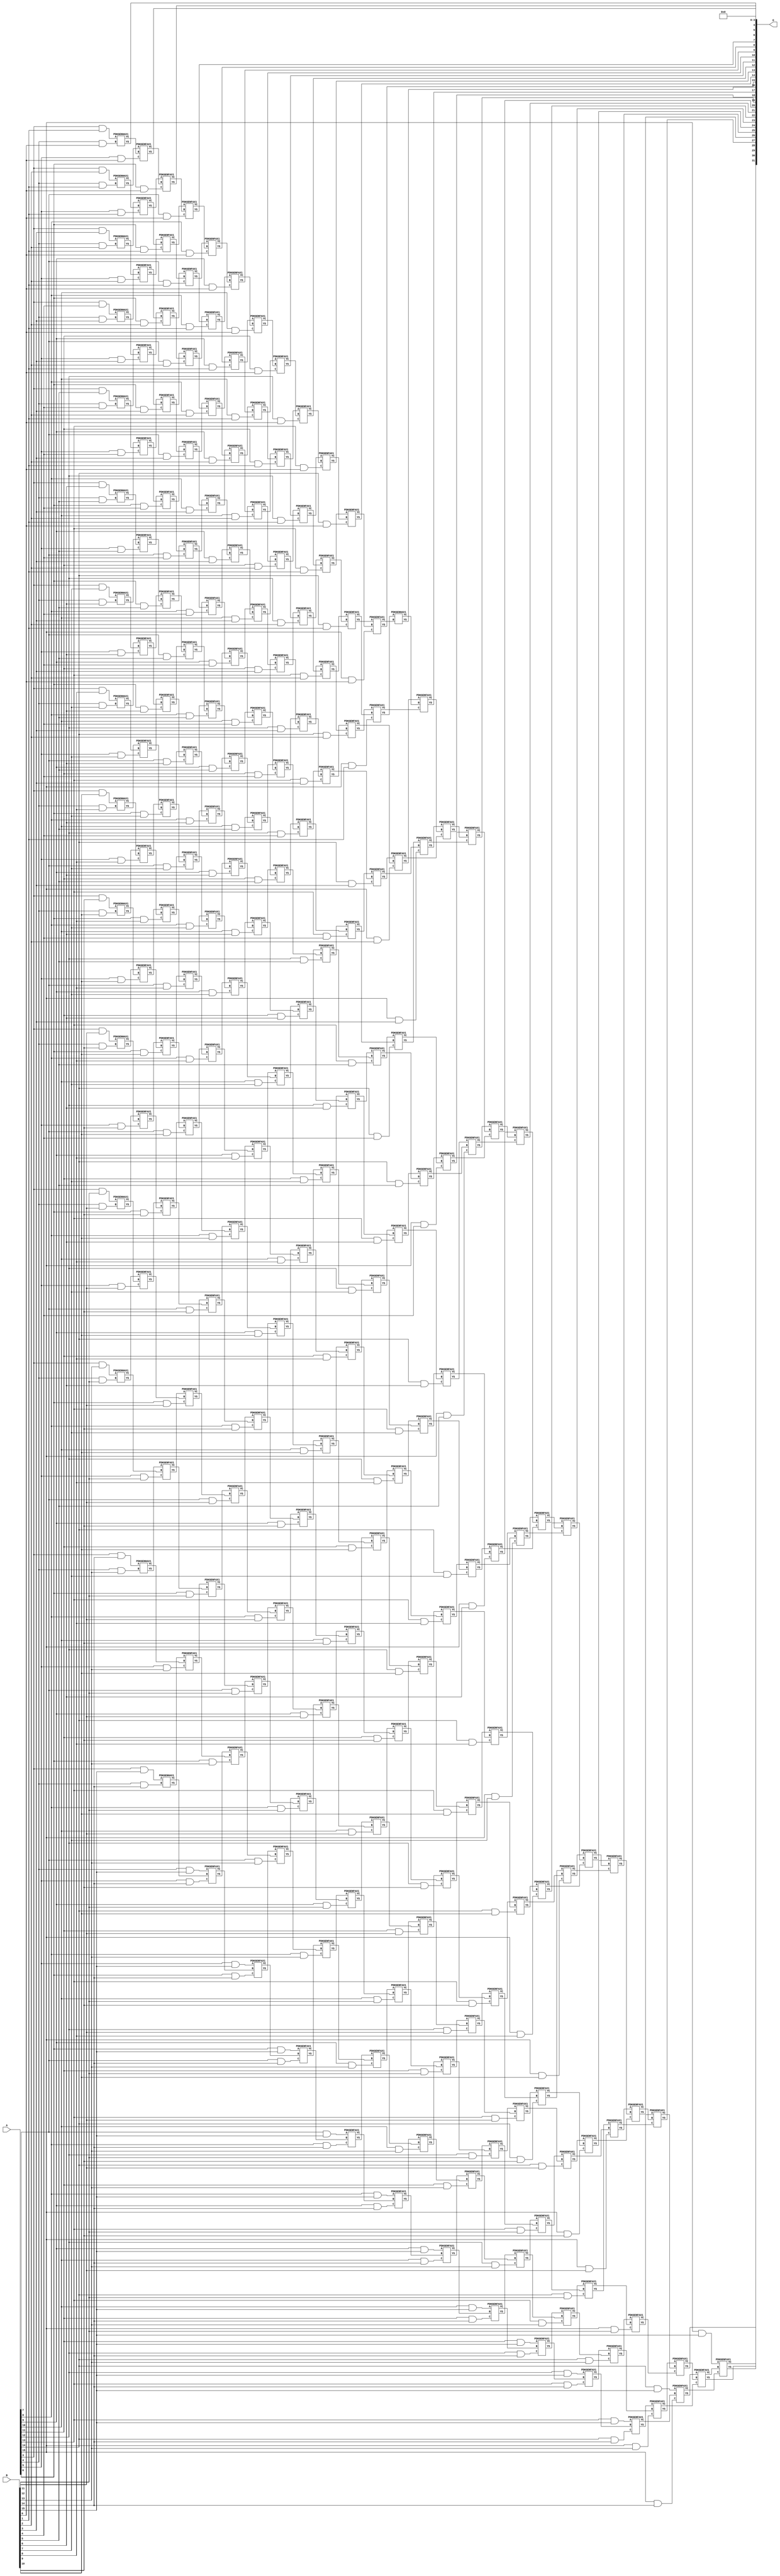
/***
* This code is a part of EvoApproxLib library (ehw.fit.vutbr.cz/approxlib) distributed under The MIT License.
* When used, please cite the following article(s): V. Mrazek, Z. Vasicek, L. Sekanina, H. Jiang and J. Han, "Scalable Construction of Approximate Multipliers With Formally Guaranteed Worst Case Error" in IEEE Transactions on Very Large Scale Integration (VLSI) Systems, vol. 26, no. 11, pp. 2572-2576, Nov. 2018. doi: 10.1109/TVLSI.2018.2856362 
* This file contains a circuit from a sub-set of pareto optimal circuits with respect to the pwr and ep parameters
***/
// MAE% = 0.0027 %
// MAE = 114688 
// WCE% = 0.011 %
// WCE = 458753 
// WCRE% = 100.00 %
// EP% = 90.62 %
// MRE% = 0.058 %
// MSE = 25053.861e6 
// PDK45_PWR = 1.859 mW
// PDK45_AREA = 2332.4 um2
// PDK45_DELAY = 2.84 ns


module mul16u_GZ7 ( A, B, O );
  input [15:0] A;
  input [15:0] B;
  output [31:0] O;

  wire C_10_0,C_10_1,C_10_10,C_10_11,C_10_12,C_10_13,C_10_14,C_10_2,C_10_3,C_10_4,C_10_5,C_10_6,C_10_7,C_10_8,C_10_9,C_11_0,C_11_1,C_11_10,C_11_11,C_11_12,C_11_13,C_11_14,C_11_2,C_11_3,C_11_4,C_11_5,C_11_6,C_11_7,C_11_8,C_11_9,C_12_0,C_12_1,C_12_10,C_12_11,C_12_12,C_12_13,C_12_14,C_12_2,C_12_3,C_12_4,C_12_5,C_12_6,C_12_7,C_12_8,C_12_9,C_13_0,C_13_1,C_13_10,C_13_11,C_13_12,C_13_13,C_13_14,C_13_2,C_13_3,C_13_4,C_13_5,C_13_6,C_13_7,C_13_8,C_13_9,C_14_0,C_14_1,C_14_10,C_14_11,C_14_12,C_14_13,C_14_14,C_14_2,C_14_3,C_14_4,C_14_5,C_14_6,C_14_7,C_14_8,C_14_9,C_15_0,C_15_1,C_15_10,C_15_11,C_15_12,C_15_13,C_15_14,C_15_2,C_15_3,C_15_4,C_15_5,C_15_6,C_15_7,C_15_8,C_15_9,C_16_0,C_16_1,C_16_10,C_16_11,C_16_12,C_16_13,C_16_14,C_16_2,C_16_3,C_16_4,C_16_5,C_16_6,C_16_7,C_16_8,C_16_9,C_4_0,C_4_1,C_4_10,C_4_11,C_4_12,C_4_13,C_4_14,C_4_2,C_4_3,C_4_4,C_4_5,C_4_6,C_4_7,C_4_8,C_4_9,C_5_0,C_5_1,C_5_10,C_5_11,C_5_12,C_5_13,C_5_14,C_5_2,C_5_3,C_5_4,C_5_5,C_5_6,C_5_7,C_5_8,C_5_9,C_6_0,C_6_1,C_6_10,C_6_11,C_6_12,C_6_13,C_6_14,C_6_2,C_6_3,C_6_4,C_6_5,C_6_6,C_6_7,C_6_8,C_6_9,C_7_0,C_7_1,C_7_10,C_7_11,C_7_12,C_7_13,C_7_14,C_7_2,C_7_3,C_7_4,C_7_5,C_7_6,C_7_7,C_7_8,C_7_9,C_8_0,C_8_1,C_8_10,C_8_11,C_8_12,C_8_13,C_8_14,C_8_2,C_8_3,C_8_4,C_8_5,C_8_6,C_8_7,C_8_8,C_8_9,C_9_0,C_9_1,C_9_10,C_9_11,C_9_12,C_9_13,C_9_14,C_9_2,C_9_3,C_9_4,C_9_5,C_9_6,C_9_7,C_9_8,C_9_9,S_10_0,S_10_1,S_10_10,S_10_11,S_10_12,S_10_13,S_10_14,S_10_15,S_10_2,S_10_3,S_10_4,S_10_5,S_10_6,S_10_7,S_10_8,S_10_9,S_11_0,S_11_1,S_11_10,S_11_11,S_11_12,S_11_13,S_11_14,S_11_15,S_11_2,S_11_3,S_11_4,S_11_5,S_11_6,S_11_7,S_11_8,S_11_9,S_12_0,S_12_1,S_12_10,S_12_11,S_12_12,S_12_13,S_12_14,S_12_15,S_12_2,S_12_3,S_12_4,S_12_5,S_12_6,S_12_7,S_12_8,S_12_9,S_13_0,S_13_1,S_13_10,S_13_11,S_13_12,S_13_13,S_13_14,S_13_15,S_13_2,S_13_3,S_13_4,S_13_5,S_13_6,S_13_7,S_13_8,S_13_9,S_14_0,S_14_1,S_14_10,S_14_11,S_14_12,S_14_13,S_14_14,S_14_15,S_14_2,S_14_3,S_14_4,S_14_5,S_14_6,S_14_7,S_14_8,S_14_9,S_15_0,S_15_1,S_15_10,S_15_11,S_15_12,S_15_13,S_15_14,S_15_15,S_15_2,S_15_3,S_15_4,S_15_5,S_15_6,S_15_7,S_15_8,S_15_9,S_16_0,S_16_1,S_16_10,S_16_11,S_16_12,S_16_13,S_16_14,S_16_15,S_16_2,S_16_3,S_16_4,S_16_5,S_16_6,S_16_7,S_16_8,S_16_9,S_3_1,S_3_10,S_3_11,S_3_12,S_3_13,S_3_14,S_3_15,S_3_2,S_3_3,S_3_4,S_3_5,S_3_6,S_3_7,S_3_8,S_3_9,S_4_0,S_4_1,S_4_10,S_4_11,S_4_12,S_4_13,S_4_14,S_4_15,S_4_2,S_4_3,S_4_4,S_4_5,S_4_6,S_4_7,S_4_8,S_4_9,S_5_0,S_5_1,S_5_10,S_5_11,S_5_12,S_5_13,S_5_14,S_5_15,S_5_2,S_5_3,S_5_4,S_5_5,S_5_6,S_5_7,S_5_8,S_5_9,S_6_0,S_6_1,S_6_10,S_6_11,S_6_12,S_6_13,S_6_14,S_6_15,S_6_2,S_6_3,S_6_4,S_6_5,S_6_6,S_6_7,S_6_8,S_6_9,S_7_0,S_7_1,S_7_10,S_7_11,S_7_12,S_7_13,S_7_14,S_7_15,S_7_2,S_7_3,S_7_4,S_7_5,S_7_6,S_7_7,S_7_8,S_7_9,S_8_0,S_8_1,S_8_10,S_8_11,S_8_12,S_8_13,S_8_14,S_8_15,S_8_2,S_8_3,S_8_4,S_8_5,S_8_6,S_8_7,S_8_8,S_8_9,S_9_0,S_9_1,S_9_10,S_9_11,S_9_12,S_9_13,S_9_14,S_9_15,S_9_2,S_9_3,S_9_4,S_9_5,S_9_6,S_9_7,S_9_8,S_9_9;

  assign S_3_1 = (A[3] & B[1]);
  assign S_3_2 = (A[3] & B[2]);
  assign S_3_3 = (A[3] & B[3]);
  assign S_3_4 = (A[3] & B[4]);
  assign S_3_5 = (A[3] & B[5]);
  assign S_3_6 = (A[3] & B[6]);
  assign S_3_7 = (A[3] & B[7]);
  assign S_3_8 = (A[3] & B[8]);
  assign S_3_9 = (A[3] & B[9]);
  assign S_3_10 = (A[3] & B[10]);
  assign S_3_11 = (A[3] & B[11]);
  assign S_3_12 = (A[3] & B[12]);
  assign S_3_13 = (A[3] & B[13]);
  assign S_3_14 = (A[3] & B[14]);
  assign S_3_15 = (A[3] & B[15]);
  PDKGENHAX1 U121809 (.A(S_3_1), .B((A[4] & B[0])), .YS(S_4_0), .YC(C_4_0));
  PDKGENHAX1 U121810 (.A(S_3_2), .B((A[4] & B[1])), .YS(S_4_1), .YC(C_4_1));
  PDKGENHAX1 U121811 (.A(S_3_3), .B((A[4] & B[2])), .YS(S_4_2), .YC(C_4_2));
  PDKGENHAX1 U121812 (.A(S_3_4), .B((A[4] & B[3])), .YS(S_4_3), .YC(C_4_3));
  PDKGENHAX1 U121813 (.A(S_3_5), .B((A[4] & B[4])), .YS(S_4_4), .YC(C_4_4));
  PDKGENHAX1 U121814 (.A(S_3_6), .B((A[4] & B[5])), .YS(S_4_5), .YC(C_4_5));
  PDKGENHAX1 U121815 (.A(S_3_7), .B((A[4] & B[6])), .YS(S_4_6), .YC(C_4_6));
  PDKGENHAX1 U121816 (.A(S_3_8), .B((A[4] & B[7])), .YS(S_4_7), .YC(C_4_7));
  PDKGENHAX1 U121817 (.A(S_3_9), .B((A[4] & B[8])), .YS(S_4_8), .YC(C_4_8));
  PDKGENHAX1 U121818 (.A(S_3_10), .B((A[4] & B[9])), .YS(S_4_9), .YC(C_4_9));
  PDKGENHAX1 U121819 (.A(S_3_11), .B((A[4] & B[10])), .YS(S_4_10), .YC(C_4_10));
  PDKGENHAX1 U121820 (.A(S_3_12), .B((A[4] & B[11])), .YS(S_4_11), .YC(C_4_11));
  PDKGENHAX1 U121821 (.A(S_3_13), .B((A[4] & B[12])), .YS(S_4_12), .YC(C_4_12));
  PDKGENHAX1 U121822 (.A(S_3_14), .B((A[4] & B[13])), .YS(S_4_13), .YC(C_4_13));
  PDKGENHAX1 U121823 (.A(S_3_15), .B((A[4] & B[14])), .YS(S_4_14), .YC(C_4_14));
  assign S_4_15 = (A[4] & B[15]);
  PDKGENFAX1 U121825 (.A(S_4_1), .B(C_4_0), .C((A[5] & B[0])), .YS(S_5_0), .YC(C_5_0));
  PDKGENFAX1 U121826 (.A(S_4_2), .B(C_4_1), .C((A[5] & B[1])), .YS(S_5_1), .YC(C_5_1));
  PDKGENFAX1 U121827 (.A(S_4_3), .B(C_4_2), .C((A[5] & B[2])), .YS(S_5_2), .YC(C_5_2));
  PDKGENFAX1 U121828 (.A(S_4_4), .B(C_4_3), .C((A[5] & B[3])), .YS(S_5_3), .YC(C_5_3));
  PDKGENFAX1 U121829 (.A(S_4_5), .B(C_4_4), .C((A[5] & B[4])), .YS(S_5_4), .YC(C_5_4));
  PDKGENFAX1 U121830 (.A(S_4_6), .B(C_4_5), .C((A[5] & B[5])), .YS(S_5_5), .YC(C_5_5));
  PDKGENFAX1 U121831 (.A(S_4_7), .B(C_4_6), .C((A[5] & B[6])), .YS(S_5_6), .YC(C_5_6));
  PDKGENFAX1 U121832 (.A(S_4_8), .B(C_4_7), .C((A[5] & B[7])), .YS(S_5_7), .YC(C_5_7));
  PDKGENFAX1 U121833 (.A(S_4_9), .B(C_4_8), .C((A[5] & B[8])), .YS(S_5_8), .YC(C_5_8));
  PDKGENFAX1 U121834 (.A(S_4_10), .B(C_4_9), .C((A[5] & B[9])), .YS(S_5_9), .YC(C_5_9));
  PDKGENFAX1 U121835 (.A(S_4_11), .B(C_4_10), .C((A[5] & B[10])), .YS(S_5_10), .YC(C_5_10));
  PDKGENFAX1 U121836 (.A(S_4_12), .B(C_4_11), .C((A[5] & B[11])), .YS(S_5_11), .YC(C_5_11));
  PDKGENFAX1 U121837 (.A(S_4_13), .B(C_4_12), .C((A[5] & B[12])), .YS(S_5_12), .YC(C_5_12));
  PDKGENFAX1 U121838 (.A(S_4_14), .B(C_4_13), .C((A[5] & B[13])), .YS(S_5_13), .YC(C_5_13));
  PDKGENFAX1 U121839 (.A(S_4_15), .B(C_4_14), .C((A[5] & B[14])), .YS(S_5_14), .YC(C_5_14));
  assign S_5_15 = (A[5] & B[15]);
  PDKGENFAX1 U121841 (.A(S_5_1), .B(C_5_0), .C((A[6] & B[0])), .YS(S_6_0), .YC(C_6_0));
  PDKGENFAX1 U121842 (.A(S_5_2), .B(C_5_1), .C((A[6] & B[1])), .YS(S_6_1), .YC(C_6_1));
  PDKGENFAX1 U121843 (.A(S_5_3), .B(C_5_2), .C((A[6] & B[2])), .YS(S_6_2), .YC(C_6_2));
  PDKGENFAX1 U121844 (.A(S_5_4), .B(C_5_3), .C((A[6] & B[3])), .YS(S_6_3), .YC(C_6_3));
  PDKGENFAX1 U121845 (.A(S_5_5), .B(C_5_4), .C((A[6] & B[4])), .YS(S_6_4), .YC(C_6_4));
  PDKGENFAX1 U121846 (.A(S_5_6), .B(C_5_5), .C((A[6] & B[5])), .YS(S_6_5), .YC(C_6_5));
  PDKGENFAX1 U121847 (.A(S_5_7), .B(C_5_6), .C((A[6] & B[6])), .YS(S_6_6), .YC(C_6_6));
  PDKGENFAX1 U121848 (.A(S_5_8), .B(C_5_7), .C((A[6] & B[7])), .YS(S_6_7), .YC(C_6_7));
  PDKGENFAX1 U121849 (.A(S_5_9), .B(C_5_8), .C((A[6] & B[8])), .YS(S_6_8), .YC(C_6_8));
  PDKGENFAX1 U121850 (.A(S_5_10), .B(C_5_9), .C((A[6] & B[9])), .YS(S_6_9), .YC(C_6_9));
  PDKGENFAX1 U121851 (.A(S_5_11), .B(C_5_10), .C((A[6] & B[10])), .YS(S_6_10), .YC(C_6_10));
  PDKGENFAX1 U121852 (.A(S_5_12), .B(C_5_11), .C((A[6] & B[11])), .YS(S_6_11), .YC(C_6_11));
  PDKGENFAX1 U121853 (.A(S_5_13), .B(C_5_12), .C((A[6] & B[12])), .YS(S_6_12), .YC(C_6_12));
  PDKGENFAX1 U121854 (.A(S_5_14), .B(C_5_13), .C((A[6] & B[13])), .YS(S_6_13), .YC(C_6_13));
  PDKGENFAX1 U121855 (.A(S_5_15), .B(C_5_14), .C((A[6] & B[14])), .YS(S_6_14), .YC(C_6_14));
  assign S_6_15 = (A[6] & B[15]);
  PDKGENFAX1 U121857 (.A(S_6_1), .B(C_6_0), .C((A[7] & B[0])), .YS(S_7_0), .YC(C_7_0));
  PDKGENFAX1 U121858 (.A(S_6_2), .B(C_6_1), .C((A[7] & B[1])), .YS(S_7_1), .YC(C_7_1));
  PDKGENFAX1 U121859 (.A(S_6_3), .B(C_6_2), .C((A[7] & B[2])), .YS(S_7_2), .YC(C_7_2));
  PDKGENFAX1 U121860 (.A(S_6_4), .B(C_6_3), .C((A[7] & B[3])), .YS(S_7_3), .YC(C_7_3));
  PDKGENFAX1 U121861 (.A(S_6_5), .B(C_6_4), .C((A[7] & B[4])), .YS(S_7_4), .YC(C_7_4));
  PDKGENFAX1 U121862 (.A(S_6_6), .B(C_6_5), .C((A[7] & B[5])), .YS(S_7_5), .YC(C_7_5));
  PDKGENFAX1 U121863 (.A(S_6_7), .B(C_6_6), .C((A[7] & B[6])), .YS(S_7_6), .YC(C_7_6));
  PDKGENFAX1 U121864 (.A(S_6_8), .B(C_6_7), .C((A[7] & B[7])), .YS(S_7_7), .YC(C_7_7));
  PDKGENFAX1 U121865 (.A(S_6_9), .B(C_6_8), .C((A[7] & B[8])), .YS(S_7_8), .YC(C_7_8));
  PDKGENFAX1 U121866 (.A(S_6_10), .B(C_6_9), .C((A[7] & B[9])), .YS(S_7_9), .YC(C_7_9));
  PDKGENFAX1 U121867 (.A(S_6_11), .B(C_6_10), .C((A[7] & B[10])), .YS(S_7_10), .YC(C_7_10));
  PDKGENFAX1 U121868 (.A(S_6_12), .B(C_6_11), .C((A[7] & B[11])), .YS(S_7_11), .YC(C_7_11));
  PDKGENFAX1 U121869 (.A(S_6_13), .B(C_6_12), .C((A[7] & B[12])), .YS(S_7_12), .YC(C_7_12));
  PDKGENFAX1 U121870 (.A(S_6_14), .B(C_6_13), .C((A[7] & B[13])), .YS(S_7_13), .YC(C_7_13));
  PDKGENFAX1 U121871 (.A(S_6_15), .B(C_6_14), .C((A[7] & B[14])), .YS(S_7_14), .YC(C_7_14));
  assign S_7_15 = (A[7] & B[15]);
  PDKGENFAX1 U121873 (.A(S_7_1), .B(C_7_0), .C((A[8] & B[0])), .YS(S_8_0), .YC(C_8_0));
  PDKGENFAX1 U121874 (.A(S_7_2), .B(C_7_1), .C((A[8] & B[1])), .YS(S_8_1), .YC(C_8_1));
  PDKGENFAX1 U121875 (.A(S_7_3), .B(C_7_2), .C((A[8] & B[2])), .YS(S_8_2), .YC(C_8_2));
  PDKGENFAX1 U121876 (.A(S_7_4), .B(C_7_3), .C((A[8] & B[3])), .YS(S_8_3), .YC(C_8_3));
  PDKGENFAX1 U121877 (.A(S_7_5), .B(C_7_4), .C((A[8] & B[4])), .YS(S_8_4), .YC(C_8_4));
  PDKGENFAX1 U121878 (.A(S_7_6), .B(C_7_5), .C((A[8] & B[5])), .YS(S_8_5), .YC(C_8_5));
  PDKGENFAX1 U121879 (.A(S_7_7), .B(C_7_6), .C((A[8] & B[6])), .YS(S_8_6), .YC(C_8_6));
  PDKGENFAX1 U121880 (.A(S_7_8), .B(C_7_7), .C((A[8] & B[7])), .YS(S_8_7), .YC(C_8_7));
  PDKGENFAX1 U121881 (.A(S_7_9), .B(C_7_8), .C((A[8] & B[8])), .YS(S_8_8), .YC(C_8_8));
  PDKGENFAX1 U121882 (.A(S_7_10), .B(C_7_9), .C((A[8] & B[9])), .YS(S_8_9), .YC(C_8_9));
  PDKGENFAX1 U121883 (.A(S_7_11), .B(C_7_10), .C((A[8] & B[10])), .YS(S_8_10), .YC(C_8_10));
  PDKGENFAX1 U121884 (.A(S_7_12), .B(C_7_11), .C((A[8] & B[11])), .YS(S_8_11), .YC(C_8_11));
  PDKGENFAX1 U121885 (.A(S_7_13), .B(C_7_12), .C((A[8] & B[12])), .YS(S_8_12), .YC(C_8_12));
  PDKGENFAX1 U121886 (.A(S_7_14), .B(C_7_13), .C((A[8] & B[13])), .YS(S_8_13), .YC(C_8_13));
  PDKGENFAX1 U121887 (.A(S_7_15), .B(C_7_14), .C((A[8] & B[14])), .YS(S_8_14), .YC(C_8_14));
  assign S_8_15 = (A[8] & B[15]);
  PDKGENFAX1 U121889 (.A(S_8_1), .B(C_8_0), .C((A[9] & B[0])), .YS(S_9_0), .YC(C_9_0));
  PDKGENFAX1 U121890 (.A(S_8_2), .B(C_8_1), .C((A[9] & B[1])), .YS(S_9_1), .YC(C_9_1));
  PDKGENFAX1 U121891 (.A(S_8_3), .B(C_8_2), .C((A[9] & B[2])), .YS(S_9_2), .YC(C_9_2));
  PDKGENFAX1 U121892 (.A(S_8_4), .B(C_8_3), .C((A[9] & B[3])), .YS(S_9_3), .YC(C_9_3));
  PDKGENFAX1 U121893 (.A(S_8_5), .B(C_8_4), .C((A[9] & B[4])), .YS(S_9_4), .YC(C_9_4));
  PDKGENFAX1 U121894 (.A(S_8_6), .B(C_8_5), .C((A[9] & B[5])), .YS(S_9_5), .YC(C_9_5));
  PDKGENFAX1 U121895 (.A(S_8_7), .B(C_8_6), .C((A[9] & B[6])), .YS(S_9_6), .YC(C_9_6));
  PDKGENFAX1 U121896 (.A(S_8_8), .B(C_8_7), .C((A[9] & B[7])), .YS(S_9_7), .YC(C_9_7));
  PDKGENFAX1 U121897 (.A(S_8_9), .B(C_8_8), .C((A[9] & B[8])), .YS(S_9_8), .YC(C_9_8));
  PDKGENFAX1 U121898 (.A(S_8_10), .B(C_8_9), .C((A[9] & B[9])), .YS(S_9_9), .YC(C_9_9));
  PDKGENFAX1 U121899 (.A(S_8_11), .B(C_8_10), .C((A[9] & B[10])), .YS(S_9_10), .YC(C_9_10));
  PDKGENFAX1 U121900 (.A(S_8_12), .B(C_8_11), .C((A[9] & B[11])), .YS(S_9_11), .YC(C_9_11));
  PDKGENFAX1 U121901 (.A(S_8_13), .B(C_8_12), .C((A[9] & B[12])), .YS(S_9_12), .YC(C_9_12));
  PDKGENFAX1 U121902 (.A(S_8_14), .B(C_8_13), .C((A[9] & B[13])), .YS(S_9_13), .YC(C_9_13));
  PDKGENFAX1 U121903 (.A(S_8_15), .B(C_8_14), .C((A[9] & B[14])), .YS(S_9_14), .YC(C_9_14));
  assign S_9_15 = (A[9] & B[15]);
  PDKGENFAX1 U121905 (.A(S_9_1), .B(C_9_0), .C((A[10] & B[0])), .YS(S_10_0), .YC(C_10_0));
  PDKGENFAX1 U121906 (.A(S_9_2), .B(C_9_1), .C((A[10] & B[1])), .YS(S_10_1), .YC(C_10_1));
  PDKGENFAX1 U121907 (.A(S_9_3), .B(C_9_2), .C((A[10] & B[2])), .YS(S_10_2), .YC(C_10_2));
  PDKGENFAX1 U121908 (.A(S_9_4), .B(C_9_3), .C((A[10] & B[3])), .YS(S_10_3), .YC(C_10_3));
  PDKGENFAX1 U121909 (.A(S_9_5), .B(C_9_4), .C((A[10] & B[4])), .YS(S_10_4), .YC(C_10_4));
  PDKGENFAX1 U121910 (.A(S_9_6), .B(C_9_5), .C((A[10] & B[5])), .YS(S_10_5), .YC(C_10_5));
  PDKGENFAX1 U121911 (.A(S_9_7), .B(C_9_6), .C((A[10] & B[6])), .YS(S_10_6), .YC(C_10_6));
  PDKGENFAX1 U121912 (.A(S_9_8), .B(C_9_7), .C((A[10] & B[7])), .YS(S_10_7), .YC(C_10_7));
  PDKGENFAX1 U121913 (.A(S_9_9), .B(C_9_8), .C((A[10] & B[8])), .YS(S_10_8), .YC(C_10_8));
  PDKGENFAX1 U121914 (.A(S_9_10), .B(C_9_9), .C((A[10] & B[9])), .YS(S_10_9), .YC(C_10_9));
  PDKGENFAX1 U121915 (.A(S_9_11), .B(C_9_10), .C((A[10] & B[10])), .YS(S_10_10), .YC(C_10_10));
  PDKGENFAX1 U121916 (.A(S_9_12), .B(C_9_11), .C((A[10] & B[11])), .YS(S_10_11), .YC(C_10_11));
  PDKGENFAX1 U121917 (.A(S_9_13), .B(C_9_12), .C((A[10] & B[12])), .YS(S_10_12), .YC(C_10_12));
  PDKGENFAX1 U121918 (.A(S_9_14), .B(C_9_13), .C((A[10] & B[13])), .YS(S_10_13), .YC(C_10_13));
  PDKGENFAX1 U121919 (.A(S_9_15), .B(C_9_14), .C((A[10] & B[14])), .YS(S_10_14), .YC(C_10_14));
  assign S_10_15 = (A[10] & B[15]);
  PDKGENFAX1 U121921 (.A(S_10_1), .B(C_10_0), .C((A[11] & B[0])), .YS(S_11_0), .YC(C_11_0));
  PDKGENFAX1 U121922 (.A(S_10_2), .B(C_10_1), .C((A[11] & B[1])), .YS(S_11_1), .YC(C_11_1));
  PDKGENFAX1 U121923 (.A(S_10_3), .B(C_10_2), .C((A[11] & B[2])), .YS(S_11_2), .YC(C_11_2));
  PDKGENFAX1 U121924 (.A(S_10_4), .B(C_10_3), .C((A[11] & B[3])), .YS(S_11_3), .YC(C_11_3));
  PDKGENFAX1 U121925 (.A(S_10_5), .B(C_10_4), .C((A[11] & B[4])), .YS(S_11_4), .YC(C_11_4));
  PDKGENFAX1 U121926 (.A(S_10_6), .B(C_10_5), .C((A[11] & B[5])), .YS(S_11_5), .YC(C_11_5));
  PDKGENFAX1 U121927 (.A(S_10_7), .B(C_10_6), .C((A[11] & B[6])), .YS(S_11_6), .YC(C_11_6));
  PDKGENFAX1 U121928 (.A(S_10_8), .B(C_10_7), .C((A[11] & B[7])), .YS(S_11_7), .YC(C_11_7));
  PDKGENFAX1 U121929 (.A(S_10_9), .B(C_10_8), .C((A[11] & B[8])), .YS(S_11_8), .YC(C_11_8));
  PDKGENFAX1 U121930 (.A(S_10_10), .B(C_10_9), .C((A[11] & B[9])), .YS(S_11_9), .YC(C_11_9));
  PDKGENFAX1 U121931 (.A(S_10_11), .B(C_10_10), .C((A[11] & B[10])), .YS(S_11_10), .YC(C_11_10));
  PDKGENFAX1 U121932 (.A(S_10_12), .B(C_10_11), .C((A[11] & B[11])), .YS(S_11_11), .YC(C_11_11));
  PDKGENFAX1 U121933 (.A(S_10_13), .B(C_10_12), .C((A[11] & B[12])), .YS(S_11_12), .YC(C_11_12));
  PDKGENFAX1 U121934 (.A(S_10_14), .B(C_10_13), .C((A[11] & B[13])), .YS(S_11_13), .YC(C_11_13));
  PDKGENFAX1 U121935 (.A(S_10_15), .B(C_10_14), .C((A[11] & B[14])), .YS(S_11_14), .YC(C_11_14));
  assign S_11_15 = (A[11] & B[15]);
  PDKGENFAX1 U121937 (.A(S_11_1), .B(C_11_0), .C((A[12] & B[0])), .YS(S_12_0), .YC(C_12_0));
  PDKGENFAX1 U121938 (.A(S_11_2), .B(C_11_1), .C((A[12] & B[1])), .YS(S_12_1), .YC(C_12_1));
  PDKGENFAX1 U121939 (.A(S_11_3), .B(C_11_2), .C((A[12] & B[2])), .YS(S_12_2), .YC(C_12_2));
  PDKGENFAX1 U121940 (.A(S_11_4), .B(C_11_3), .C((A[12] & B[3])), .YS(S_12_3), .YC(C_12_3));
  PDKGENFAX1 U121941 (.A(S_11_5), .B(C_11_4), .C((A[12] & B[4])), .YS(S_12_4), .YC(C_12_4));
  PDKGENFAX1 U121942 (.A(S_11_6), .B(C_11_5), .C((A[12] & B[5])), .YS(S_12_5), .YC(C_12_5));
  PDKGENFAX1 U121943 (.A(S_11_7), .B(C_11_6), .C((A[12] & B[6])), .YS(S_12_6), .YC(C_12_6));
  PDKGENFAX1 U121944 (.A(S_11_8), .B(C_11_7), .C((A[12] & B[7])), .YS(S_12_7), .YC(C_12_7));
  PDKGENFAX1 U121945 (.A(S_11_9), .B(C_11_8), .C((A[12] & B[8])), .YS(S_12_8), .YC(C_12_8));
  PDKGENFAX1 U121946 (.A(S_11_10), .B(C_11_9), .C((A[12] & B[9])), .YS(S_12_9), .YC(C_12_9));
  PDKGENFAX1 U121947 (.A(S_11_11), .B(C_11_10), .C((A[12] & B[10])), .YS(S_12_10), .YC(C_12_10));
  PDKGENFAX1 U121948 (.A(S_11_12), .B(C_11_11), .C((A[12] & B[11])), .YS(S_12_11), .YC(C_12_11));
  PDKGENFAX1 U121949 (.A(S_11_13), .B(C_11_12), .C((A[12] & B[12])), .YS(S_12_12), .YC(C_12_12));
  PDKGENFAX1 U121950 (.A(S_11_14), .B(C_11_13), .C((A[12] & B[13])), .YS(S_12_13), .YC(C_12_13));
  PDKGENFAX1 U121951 (.A(S_11_15), .B(C_11_14), .C((A[12] & B[14])), .YS(S_12_14), .YC(C_12_14));
  assign S_12_15 = (A[12] & B[15]);
  PDKGENFAX1 U121953 (.A(S_12_1), .B(C_12_0), .C((A[13] & B[0])), .YS(S_13_0), .YC(C_13_0));
  PDKGENFAX1 U121954 (.A(S_12_2), .B(C_12_1), .C((A[13] & B[1])), .YS(S_13_1), .YC(C_13_1));
  PDKGENFAX1 U121955 (.A(S_12_3), .B(C_12_2), .C((A[13] & B[2])), .YS(S_13_2), .YC(C_13_2));
  PDKGENFAX1 U121956 (.A(S_12_4), .B(C_12_3), .C((A[13] & B[3])), .YS(S_13_3), .YC(C_13_3));
  PDKGENFAX1 U121957 (.A(S_12_5), .B(C_12_4), .C((A[13] & B[4])), .YS(S_13_4), .YC(C_13_4));
  PDKGENFAX1 U121958 (.A(S_12_6), .B(C_12_5), .C((A[13] & B[5])), .YS(S_13_5), .YC(C_13_5));
  PDKGENFAX1 U121959 (.A(S_12_7), .B(C_12_6), .C((A[13] & B[6])), .YS(S_13_6), .YC(C_13_6));
  PDKGENFAX1 U121960 (.A(S_12_8), .B(C_12_7), .C((A[13] & B[7])), .YS(S_13_7), .YC(C_13_7));
  PDKGENFAX1 U121961 (.A(S_12_9), .B(C_12_8), .C((A[13] & B[8])), .YS(S_13_8), .YC(C_13_8));
  PDKGENFAX1 U121962 (.A(S_12_10), .B(C_12_9), .C((A[13] & B[9])), .YS(S_13_9), .YC(C_13_9));
  PDKGENFAX1 U121963 (.A(S_12_11), .B(C_12_10), .C((A[13] & B[10])), .YS(S_13_10), .YC(C_13_10));
  PDKGENFAX1 U121964 (.A(S_12_12), .B(C_12_11), .C((A[13] & B[11])), .YS(S_13_11), .YC(C_13_11));
  PDKGENFAX1 U121965 (.A(S_12_13), .B(C_12_12), .C((A[13] & B[12])), .YS(S_13_12), .YC(C_13_12));
  PDKGENFAX1 U121966 (.A(S_12_14), .B(C_12_13), .C((A[13] & B[13])), .YS(S_13_13), .YC(C_13_13));
  PDKGENFAX1 U121967 (.A(S_12_15), .B(C_12_14), .C((A[13] & B[14])), .YS(S_13_14), .YC(C_13_14));
  assign S_13_15 = (A[13] & B[15]);
  PDKGENFAX1 U121969 (.A(S_13_1), .B(C_13_0), .C((A[14] & B[0])), .YS(S_14_0), .YC(C_14_0));
  PDKGENFAX1 U121970 (.A(S_13_2), .B(C_13_1), .C((A[14] & B[1])), .YS(S_14_1), .YC(C_14_1));
  PDKGENFAX1 U121971 (.A(S_13_3), .B(C_13_2), .C((A[14] & B[2])), .YS(S_14_2), .YC(C_14_2));
  PDKGENFAX1 U121972 (.A(S_13_4), .B(C_13_3), .C((A[14] & B[3])), .YS(S_14_3), .YC(C_14_3));
  PDKGENFAX1 U121973 (.A(S_13_5), .B(C_13_4), .C((A[14] & B[4])), .YS(S_14_4), .YC(C_14_4));
  PDKGENFAX1 U121974 (.A(S_13_6), .B(C_13_5), .C((A[14] & B[5])), .YS(S_14_5), .YC(C_14_5));
  PDKGENFAX1 U121975 (.A(S_13_7), .B(C_13_6), .C((A[14] & B[6])), .YS(S_14_6), .YC(C_14_6));
  PDKGENFAX1 U121976 (.A(S_13_8), .B(C_13_7), .C((A[14] & B[7])), .YS(S_14_7), .YC(C_14_7));
  PDKGENFAX1 U121977 (.A(S_13_9), .B(C_13_8), .C((A[14] & B[8])), .YS(S_14_8), .YC(C_14_8));
  PDKGENFAX1 U121978 (.A(S_13_10), .B(C_13_9), .C((A[14] & B[9])), .YS(S_14_9), .YC(C_14_9));
  PDKGENFAX1 U121979 (.A(S_13_11), .B(C_13_10), .C((A[14] & B[10])), .YS(S_14_10), .YC(C_14_10));
  PDKGENFAX1 U121980 (.A(S_13_12), .B(C_13_11), .C((A[14] & B[11])), .YS(S_14_11), .YC(C_14_11));
  PDKGENFAX1 U121981 (.A(S_13_13), .B(C_13_12), .C((A[14] & B[12])), .YS(S_14_12), .YC(C_14_12));
  PDKGENFAX1 U121982 (.A(S_13_14), .B(C_13_13), .C((A[14] & B[13])), .YS(S_14_13), .YC(C_14_13));
  PDKGENFAX1 U121983 (.A(S_13_15), .B(C_13_14), .C((A[14] & B[14])), .YS(S_14_14), .YC(C_14_14));
  assign S_14_15 = (A[14] & B[15]);
  PDKGENFAX1 U121985 (.A(S_14_1), .B(C_14_0), .C((A[15] & B[0])), .YS(S_15_0), .YC(C_15_0));
  PDKGENFAX1 U121986 (.A(S_14_2), .B(C_14_1), .C((A[15] & B[1])), .YS(S_15_1), .YC(C_15_1));
  PDKGENFAX1 U121987 (.A(S_14_3), .B(C_14_2), .C((A[15] & B[2])), .YS(S_15_2), .YC(C_15_2));
  PDKGENFAX1 U121988 (.A(S_14_4), .B(C_14_3), .C((A[15] & B[3])), .YS(S_15_3), .YC(C_15_3));
  PDKGENFAX1 U121989 (.A(S_14_5), .B(C_14_4), .C((A[15] & B[4])), .YS(S_15_4), .YC(C_15_4));
  PDKGENFAX1 U121990 (.A(S_14_6), .B(C_14_5), .C((A[15] & B[5])), .YS(S_15_5), .YC(C_15_5));
  PDKGENFAX1 U121991 (.A(S_14_7), .B(C_14_6), .C((A[15] & B[6])), .YS(S_15_6), .YC(C_15_6));
  PDKGENFAX1 U121992 (.A(S_14_8), .B(C_14_7), .C((A[15] & B[7])), .YS(S_15_7), .YC(C_15_7));
  PDKGENFAX1 U121993 (.A(S_14_9), .B(C_14_8), .C((A[15] & B[8])), .YS(S_15_8), .YC(C_15_8));
  PDKGENFAX1 U121994 (.A(S_14_10), .B(C_14_9), .C((A[15] & B[9])), .YS(S_15_9), .YC(C_15_9));
  PDKGENFAX1 U121995 (.A(S_14_11), .B(C_14_10), .C((A[15] & B[10])), .YS(S_15_10), .YC(C_15_10));
  PDKGENFAX1 U121996 (.A(S_14_12), .B(C_14_11), .C((A[15] & B[11])), .YS(S_15_11), .YC(C_15_11));
  PDKGENFAX1 U121997 (.A(S_14_13), .B(C_14_12), .C((A[15] & B[12])), .YS(S_15_12), .YC(C_15_12));
  PDKGENFAX1 U121998 (.A(S_14_14), .B(C_14_13), .C((A[15] & B[13])), .YS(S_15_13), .YC(C_15_13));
  PDKGENFAX1 U121999 (.A(S_14_15), .B(C_14_14), .C((A[15] & B[14])), .YS(S_15_14), .YC(C_15_14));
  assign S_15_15 = (A[15] & B[15]);
  PDKGENHAX1 U122001 (.A(S_15_1), .B(C_15_0), .YS(S_16_0), .YC(C_16_0));
  PDKGENFAX1 U122002 (.A(S_15_2), .B(C_16_0), .C(C_15_1), .YS(S_16_1), .YC(C_16_1));
  PDKGENFAX1 U122003 (.A(S_15_3), .B(C_16_1), .C(C_15_2), .YS(S_16_2), .YC(C_16_2));
  PDKGENFAX1 U122004 (.A(S_15_4), .B(C_16_2), .C(C_15_3), .YS(S_16_3), .YC(C_16_3));
  PDKGENFAX1 U122005 (.A(S_15_5), .B(C_16_3), .C(C_15_4), .YS(S_16_4), .YC(C_16_4));
  PDKGENFAX1 U122006 (.A(S_15_6), .B(C_16_4), .C(C_15_5), .YS(S_16_5), .YC(C_16_5));
  PDKGENFAX1 U122007 (.A(S_15_7), .B(C_16_5), .C(C_15_6), .YS(S_16_6), .YC(C_16_6));
  PDKGENFAX1 U122008 (.A(S_15_8), .B(C_16_6), .C(C_15_7), .YS(S_16_7), .YC(C_16_7));
  PDKGENFAX1 U122009 (.A(S_15_9), .B(C_16_7), .C(C_15_8), .YS(S_16_8), .YC(C_16_8));
  PDKGENFAX1 U122010 (.A(S_15_10), .B(C_16_8), .C(C_15_9), .YS(S_16_9), .YC(C_16_9));
  PDKGENFAX1 U122011 (.A(S_15_11), .B(C_16_9), .C(C_15_10), .YS(S_16_10), .YC(C_16_10));
  PDKGENFAX1 U122012 (.A(S_15_12), .B(C_16_10), .C(C_15_11), .YS(S_16_11), .YC(C_16_11));
  PDKGENFAX1 U122013 (.A(S_15_13), .B(C_16_11), .C(C_15_12), .YS(S_16_12), .YC(C_16_12));
  PDKGENFAX1 U122014 (.A(S_15_14), .B(C_16_12), .C(C_15_13), .YS(S_16_13), .YC(C_16_13));
  PDKGENFAX1 U122015 (.A(S_15_15), .B(C_16_13), .C(C_15_14), .YS(S_16_14), .YC(C_16_14));
  assign S_16_15 = C_16_14;
  assign O = {S_16_15,S_16_14,S_16_13,S_16_12,S_16_11,S_16_10,S_16_9,S_16_8,S_16_7,S_16_6,S_16_5,S_16_4,S_16_3,S_16_2,S_16_1,S_16_0,S_15_0,S_14_0,S_13_0,S_12_0,S_11_0,S_10_0,S_9_0,S_8_0,S_7_0,S_6_0,S_5_0,S_4_0,1'b0,1'b0,1'b0,1'b0};

endmodule

/* mod */
module PDKGENHAX1( input A, input B, output YS, output YC );
    assign YS = A ^ B;
    assign YC = A & B;
endmodule
/* mod */
module PDKGENFAX1( input A, input B, input C, output YS, output YC );
    assign YS = (A ^ B) ^ C;
    assign YC = (A & B) | (B & C) | (A & C);
endmodule